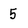
Character: 5